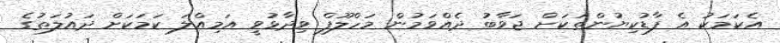
އެކަމަކު އެ ފާޑުކިޔުންތަކަށް ޖަވާބު ދެއްވަމުން މަހްލޫފް ވިދާޅުވީ އަމިއްލަ ކަމަކަށް ދައުލަތުގެ